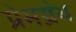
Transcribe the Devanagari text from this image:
प्रेमग्रंथ